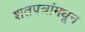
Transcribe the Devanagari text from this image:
शतपत्रांमधून